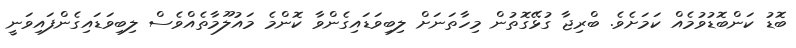
ބޮޑު ކަންބޮޑުވުމެއް ކަމަށެވެ. ބްރިޖާ ގުޅޭގޮތުން މިހާތަނަށް ލިބިވަޑައިގެންވާ ކޮންމެ މައުލޫމާތެއްވެސް ލިބިވަޑައިގެންފައިވަނީ